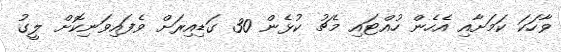
ވާހަކަ ކަމަށާއި އެހެން ހުއްޓައި މެޗު ކުޅެން 30 ގަޑިއިރަށް ވެފައިވަނިކޮށް ލީގު